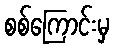
စစ်ကြောင်းမှ